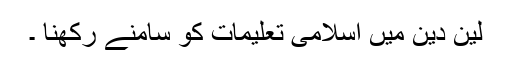
لین دین میں اسلامی تعلیمات کو سامنے رکھنا ۔